Problem: 60 + 71 = ?
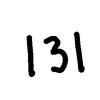
Handwritten answer: 131